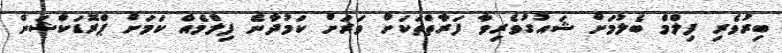
ބިރުވެރި ފިލްމް ބެލުމަށް ޝައުގުވެރިވާ ފަރާތްތަކަށް ވަރަށް ކަމުދާނެ ފިލްމެއް ކަމަށް ޕްރޮޑަކްޝަން